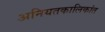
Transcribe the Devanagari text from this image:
अनियतकालिकांत